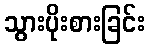
သွားပိုးစားခြင်း